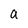
Character: a